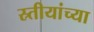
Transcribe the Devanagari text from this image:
स्र्तीयांच्या